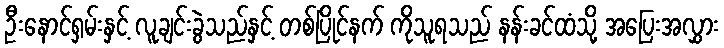
ဦးနောင်ရှမ်းနှင့် လူချင်းခွဲသည်နှင့် တစ်ပြိုင်နက် ကိုသူရသည် နန်းခင်ထံသို့ အပြေးအလွှား